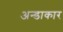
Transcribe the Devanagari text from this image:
अन्डाकार